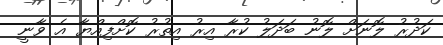
ކަދުރު ލޮނަށް ލޮނު ބަދަލު ކުރާ އިރު އިތުރު ކޮށްފިއްޔާ އެ ވާނީ